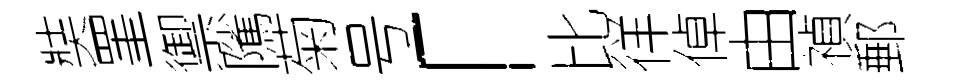
奘罣禦隲菊号「比徉倬由禎郵